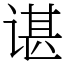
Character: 谌